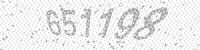
Solution: 651198